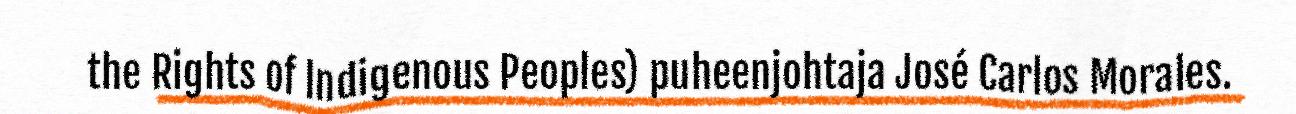
the Rights of Indigenous Peoples) puheenjohtaja José Carlos Morales.